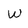
Character: W